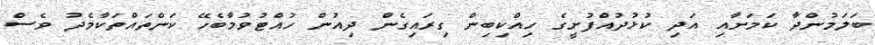
ބަލަމުންދާ ކަމަށާއި އަދި ކުޅުދުއްފުށީގެ ހިއްކިބިން ގިރައިގެން ދިއުން ހުއްޓުވުމާބެހޭ ކަންތައްތަކާމެދު ވެސް